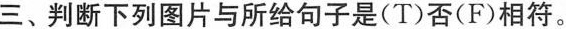
三、判断下列图片与所给句子是(T)否(F)相符.